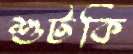
শুটকি